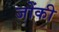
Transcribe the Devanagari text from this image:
जोंकी